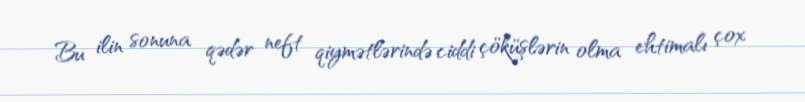
Bu ilin sonuna qədər neft qiymətlərində ciddi çöküşlərin olma ehtimalı çox